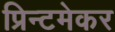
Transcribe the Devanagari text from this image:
प्रिन्टमेकर